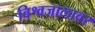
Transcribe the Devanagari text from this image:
विश्वजालावर